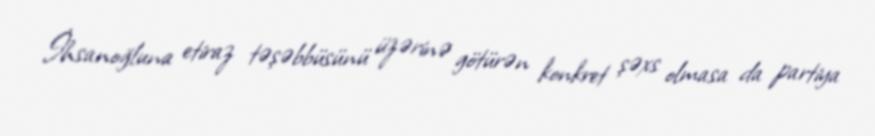
İhsanoğluna etiraz təşəbbüsünü üzərinə götürən konkret şəxs olmasa da partiya